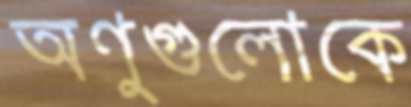
অণুগুলোকে